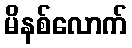
မိနစ်လောက်